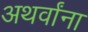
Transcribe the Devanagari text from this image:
अथर्वांना